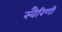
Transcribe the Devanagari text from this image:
स्वैरिणी